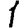
Digit: 1